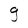
Character: g